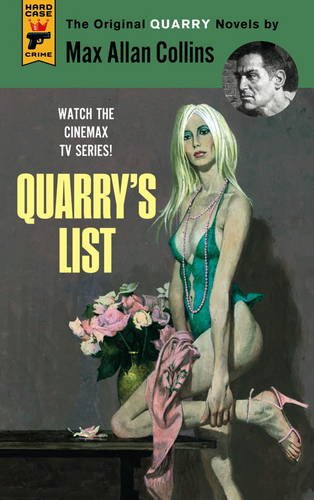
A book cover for Quarry's List; Max Allan Collins; Mystery, Thriller & Suspense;